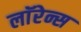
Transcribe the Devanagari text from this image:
लाॅरेन्स